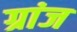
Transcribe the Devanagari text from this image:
ग्रांज